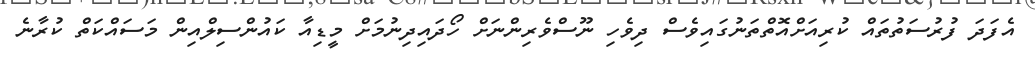
އެފަދަ ފުރުސަތުތައް ކުރިއަށްއޮތްތަނުގައިވެސް ދިވެހި ނޫސްވެރިންނަށް ހޯދައިދިނުމަށް މީޑިއާ ކައުންސިލްއިން މަސައްކަތް ކުރާނެ